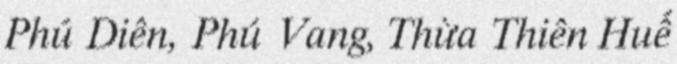
Phú Diên, Phú Vang, Thừa Thiên Huế